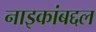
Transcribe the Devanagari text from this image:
नाइकांबद्दल